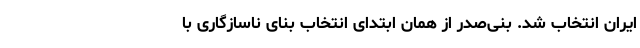
ایران انتخاب شد. بنی‌صدر از همان ابتدای انتخاب بنای ناسازگاری با